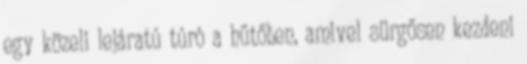
egy közeli lejáratú túró a hűtőben, amivel sürgősen kezdeni